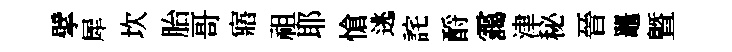
擘犀坎胎哥寤祖耶愴逃詫酹靄津秘晉鼉曁